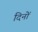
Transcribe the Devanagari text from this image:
दिनों